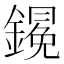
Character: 𨬋